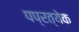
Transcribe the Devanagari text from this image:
पप्रत्येक